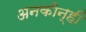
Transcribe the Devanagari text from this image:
अनकीन्‍हीं